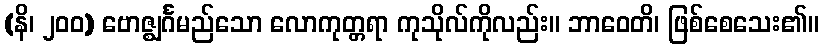
(နိ၊ ၂၀၀) ဗောဇ္ဈင်္ဂမည်သော လောကုတ္တရာ ကုသိုလ်ကိုလည်း။ ဘာဝေတိ၊ ဖြစ်စေသေး၏။